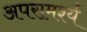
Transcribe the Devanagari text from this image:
अपरामर्श्य